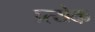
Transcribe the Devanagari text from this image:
प्र्त्येक